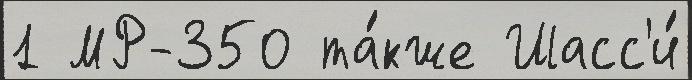
1 МР-350 та́кже Шасс'и́